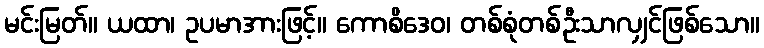
မင်းမြတ်။ ယထာ၊ ဥပမာအားဖြင့်။ ကောစိဒေဝ၊ တစ်စုံတစ်ဦးသာလျှင်ဖြစ်သော။